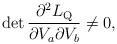
LaTeX: \begin{align*}\det\frac{\partial^2 L_{\rm Q}}{\partial V_a\partial V_b} \neq 0,\end{align*}